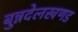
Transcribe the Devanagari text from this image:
बुन्नदेलखणड